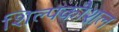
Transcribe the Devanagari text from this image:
शिल्पकौशल